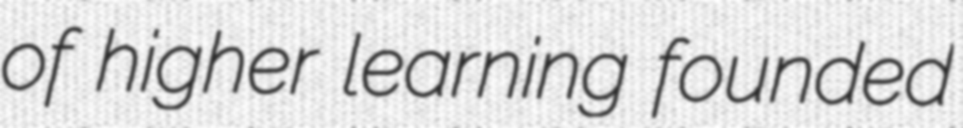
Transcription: of higher learning founded